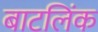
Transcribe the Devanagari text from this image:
बाटलिंक